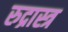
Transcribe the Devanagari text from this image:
रुद्रास्त्र